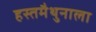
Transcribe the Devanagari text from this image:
हस्तमैथुनाला